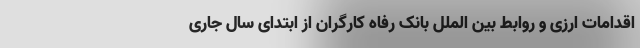
اقدامات ارزی و روابط بین الملل بانک رفاه کارگران از ابتدای سال جاری